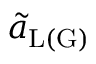
\tilde { a } _ { \mathrm { L ( G ) } }